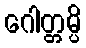
ဂေါတ္တမ္ပိ